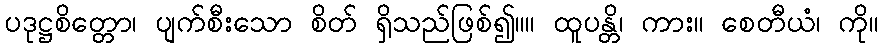
ပဒုဋ္ဌစိတ္တော၊ ပျက်စီးသော စိတ် ရှိသည်ဖြစ်၍။။ ထူပန္တိ၊ ကား။ စေတီယံ၊ ကို။